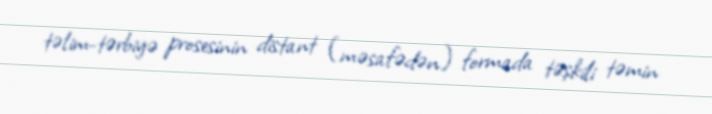
təlim-tərbiyə prosesinin distant (məsafədən) formada təşkili təmin